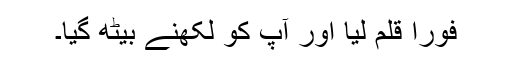
فوراً قلم لیا اور آپ کو لکھنے بیٹھ گیا۔